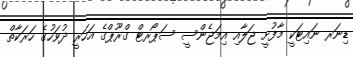
ޑިނަރ ނައިޓަކީ މާފުށީ ޖަލާއި އިމަޖެންސީ ސަޕޯރޓް ގްރޫޕްގެ އަހަރީ ދުވަހުގެ ހަރަކާތް